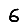
Digit: 6